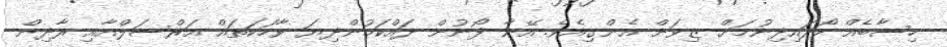
ހިސާބެއް ހޯދައިދިނުމަށް ޒިވަން އެންގިއެވެ. އޭނާ ފޯނުން ދައްކަމުންދިޔަ ވާހަކަތައް އަރްސަލްއާއި ރާދިން